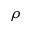
\rho